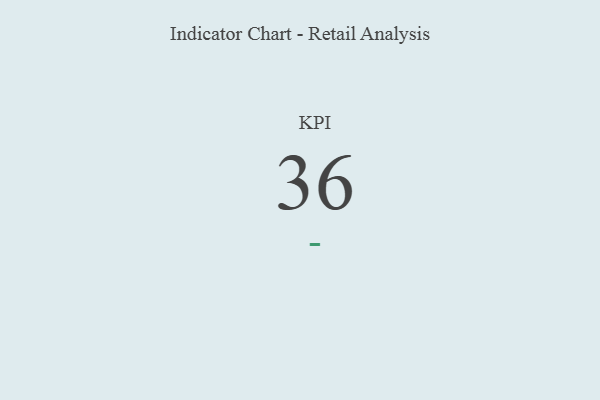
{"axis": {"x": "KPI", "y": "Value"}, "legend": [""], "data": [{"x": "KPI", "y": 36, "type": ""}]}